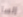
إلسا